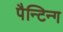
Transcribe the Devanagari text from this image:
पैन्टिन्ग